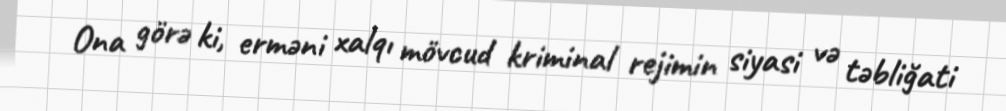
Ona görə ki, erməni xalqı mövcud kriminal rejimin siyasi və təbliğati